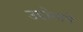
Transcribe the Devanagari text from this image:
उद्दोगाने